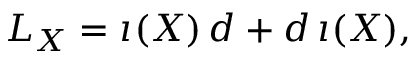
{ \cal L } _ { X } = \imath ( X ) \, d + d \, \imath ( X ) ,